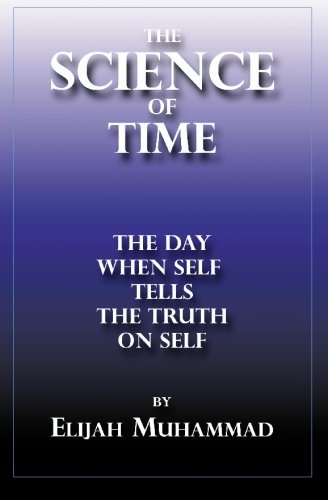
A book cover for THE SCIENCE OF TIME: The Day When Self Tells The Truth On Self; Elijah Muhammad; Religion & Spirituality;